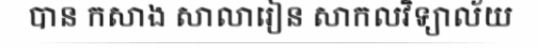
បាន កសាង សាលារៀន សាកលវិទ្យាល័យ